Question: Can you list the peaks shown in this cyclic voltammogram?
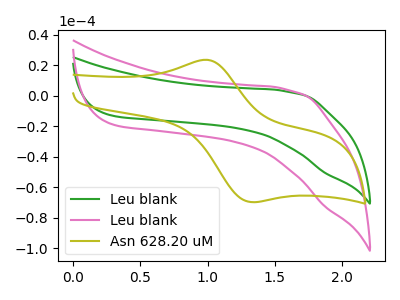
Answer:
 <answer>The green curve "Leu blank" has no peaks. The pink curve "Leu blank" has no peaks. The olive curve "Asn 628.20 uM" has an anodic peak at (1.00V, 23.60uA) and a cathodic peak at (1.35V, -69.75uA).</answer>
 <eval></eval>